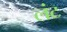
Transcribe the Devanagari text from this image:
लंट